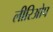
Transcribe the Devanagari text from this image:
लीरिओप